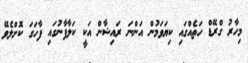
މިހާރު ގްރޭޑް ހަތެއްގައި ކިޔަވަމުން އަންނަ ރައިޝާން އަކީ ކަލާފާނުގައި ފާހަގަ ކޮށްލެވޭ